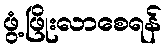
ဖွံ့ဖြိုးလာစေရန်